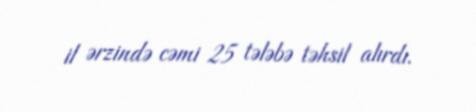
il ərzində cəmi 25 tələbə təhsil alırdı.